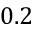
0 . 2